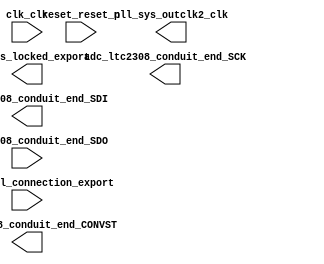

module DE10_NANO_QSYS (
	adc_ltc2308_conduit_end_CONVST,
	adc_ltc2308_conduit_end_SCK,
	adc_ltc2308_conduit_end_SDI,
	adc_ltc2308_conduit_end_SDO,
	clk_clk,
	pll_sys_locked_export,
	pll_sys_outclk2_clk,
	reset_reset_n,
	sw_external_connection_export);	

	output		adc_ltc2308_conduit_end_CONVST;
	output		adc_ltc2308_conduit_end_SCK;
	output		adc_ltc2308_conduit_end_SDI;
	input		adc_ltc2308_conduit_end_SDO;
	input		clk_clk;
	output		pll_sys_locked_export;
	output		pll_sys_outclk2_clk;
	input		reset_reset_n;
	input	[9:0]	sw_external_connection_export;
endmodule